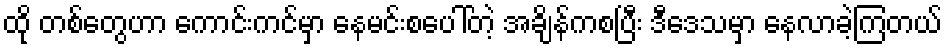
ထို တစ်တွေဟာ ကောင်းကင်မှာ နေမင်းစပေါ်တဲ့ အချိန်ကစပြီး ဒီဒေသမှာ နေလာခဲ့ကြတယ်